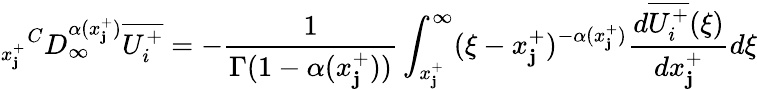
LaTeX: {_{x_{\mathbf{j}}^{+}}}^{C}D_{\infty}^{\alpha(x_{\mathbf{j}}^{+})}\overline{{{U_{i}^{+}}}}=-\frac{{1}}{{\Gamma(1-\alpha(x_{\mathbf{j}}^{+}))}}\int_{x_{\mathbf{j}}^{+}}^{\infty}(\xi-x_{\mathbf{j}}^{+})^{-\alpha(x_{\mathbf{j}}^{+})}\frac{{d\overline{{{U_{i}^{+}}}}(\xi)}}{{dx_{\mathbf{j}}^{+}}}d\xi